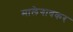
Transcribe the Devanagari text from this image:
मालेगावकर